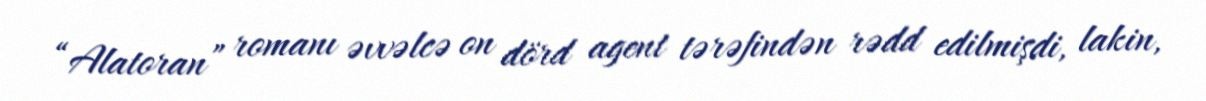
“Alatoran” romanı əvvəlcə on dörd agent tərəfindən rədd edilmişdi, lakin,